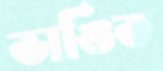
ভাঙিত